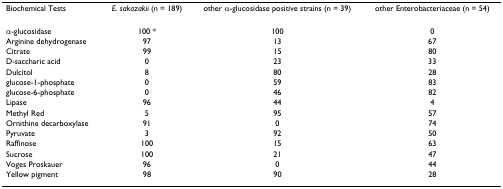
<table><thead><tr><td><b>Biochemical Tests</b></td><td><b><i>E. sakazakii </i>(n = 189)</b></td><td><b>other α-glucosidase positive strains (n = 39)</b></td><td><b>other Enterobacteriaceae (n = 54)</b></td></tr></thead><tbody><tr><td>α-glucosidase</td><td>100 *</td><td>100</td><td>0</td></tr><tr><td>Arginine dehydrogenase</td><td>97</td><td>13</td><td>67</td></tr><tr><td>Citrate</td><td>99</td><td>15</td><td>80</td></tr><tr><td>D-saccharic acid</td><td>0</td><td>23</td><td>33</td></tr><tr><td>Dulcitol</td><td>8</td><td>80</td><td>28</td></tr><tr><td>glucose-1-phosphate</td><td>0</td><td>59</td><td>83</td></tr><tr><td>glucose-6-phosphate</td><td>0</td><td>46</td><td>82</td></tr><tr><td>Lipase</td><td>96</td><td>44</td><td>4</td></tr><tr><td>Methyl Red</td><td>5</td><td>95</td><td>57</td></tr><tr><td>Ornithine decarboxylase</td><td>91</td><td>0</td><td>74</td></tr><tr><td>Pyruvate</td><td>3</td><td>92</td><td>50</td></tr><tr><td>Raffinose</td><td>100</td><td>15</td><td>63</td></tr><tr><td>Sucrose</td><td>100</td><td>21</td><td>47</td></tr><tr><td>Voges Proskauer</td><td>96</td><td>0</td><td>44</td></tr><tr><td>Yellow pigment</td><td>98</td><td>90</td><td>28</td></tr></tbody></table>